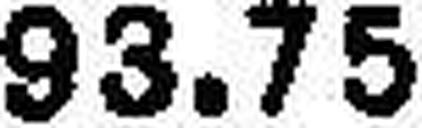
93.75